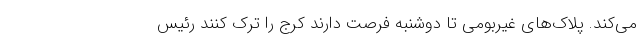
می‌کند. پلاک‌های غیربومی تا دوشنبه فرصت دارند کرج را ترک کنند رئیس